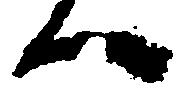
へ